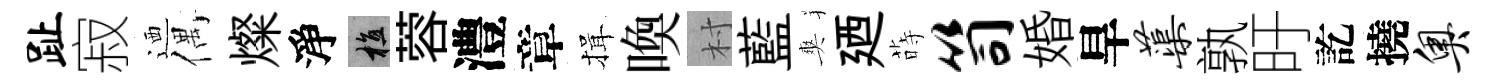
趾寂迺偶燦淨植蓉澧章揖喚村藍爽廼蒔笥婚旱蕖孰旴訖撓奥